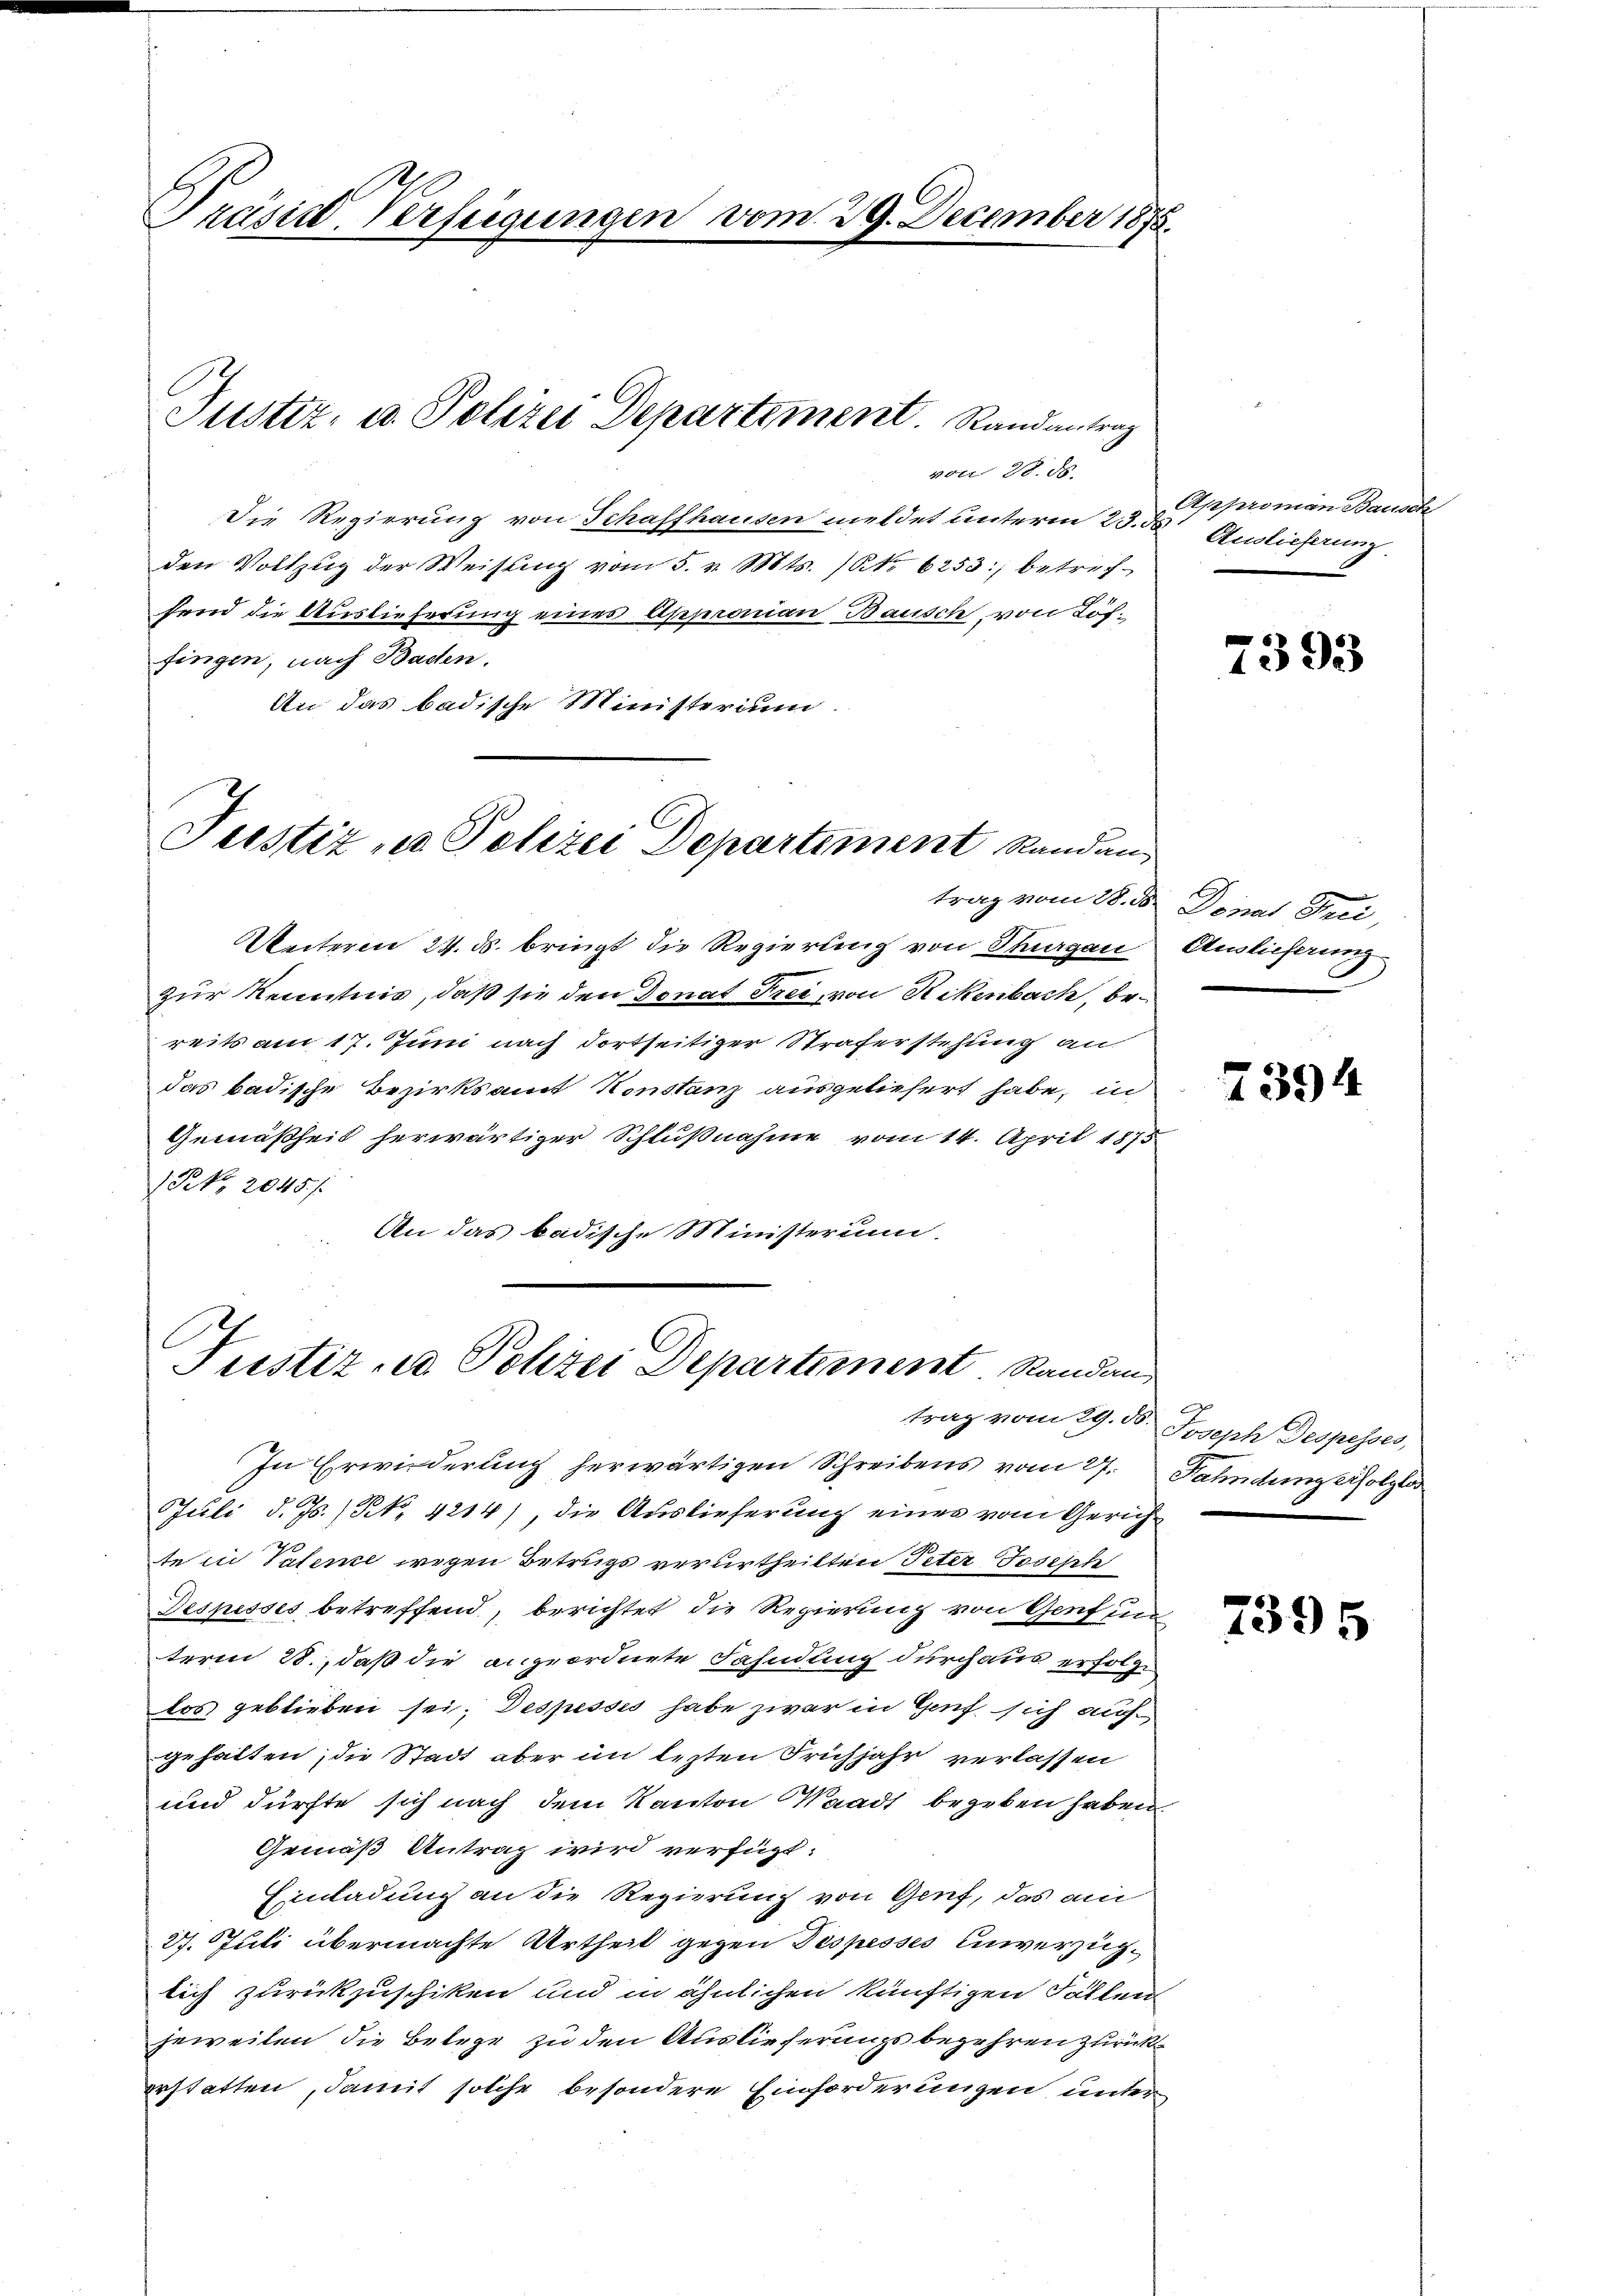
Präsid. Verfügungen vom

von 28. d.
Die Regierung von Schaffhausen meldet unterm 25. d. Auslieferung
den Vollzug der Weisung vom 5. v. Mts. No 6253; betreffend die Auslieferung eines Appronian Bausch, von Löffingen, nach Bachen.
An das badische Ministerium

Justiz- u. Polizei Departement. Randantrag

d. 29. December 1878.

Justiz u. Polizei Departement kunden

Justiz- u Polizei Departement. Standan

Unterm 24. ds. bringt die Regierung von Thurgau
zur Kenntnis, daß sie den Donat Frei, von Rikenbach, bereits am 17. Juni nach dortseitiger Straferstehung an
das badische Bezirksamt Konstanz ausgeliefert habe, in
Gemäßheit herwärtiger Schlußnahme vom 14. April 1875
Rk. 2045/
An das badische Ministerium

Approman Bausch

In Erwiederung herwärtigen Schreibens vom 27.
Juli d. Js. (N. 4214) die Auslieferung eines vom Gerichte in Patene wegen Betrugs verurtheilten Peter Joseph
Jespesses betreffend, berichtet die Regierung von Genf un
term 28., daß die angeordnete Fahndung durch aus erfolge
los geblieben sei. Despessis habe zwar in Genf sich aufgehalten; die Stadt aber im lezten Frühjahr verlassen
und dürfte sich nach dem Kanton Waadt begeben haben.
Gemäß Antrag wird verfügt:
Einladung an die Regierung von Genf, das am
27. Juli übermachte Urtheil gegen Despesses einverzüglich zurückzuschiken und in ähnlichen künftigen Fällen
jeweilen die Belege zu den Auslieferungsbegehren zurückerstatten, damit solche besondere Einforderungen unter¬

7393

trag vom 28. ds. Donat Frei,
Auslieferung

2394

trag vom 29. ds. Joseph Despesses,
Fahndung erfolgter

7395